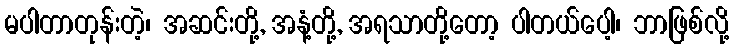
မပါတာတုန်းတဲ့၊ အဆင်းတို့, အနံ့တို့, အရသာတို့တော့ ပါတယ်ပေါ့၊ ဘာဖြစ်လို့